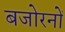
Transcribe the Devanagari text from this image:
बजोरनों